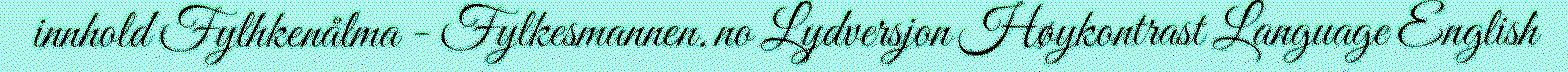
innhold Fylhkenålma - Fylkesmannen.no Lydversjon Høykontrast Language English